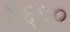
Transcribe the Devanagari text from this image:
४६९०